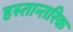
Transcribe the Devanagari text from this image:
हस्तान्तरिक